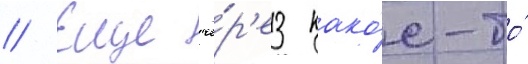
// Еще че́р'ез како́е-то́